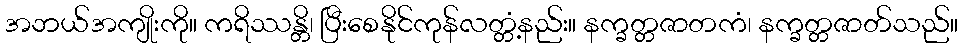
အဘယ်အကျိုးကို။ ကရိဿန္တိ၊ ပြီးစေနိုင်ကုန်လတ္တံ့နည်း။ နက္ခတ္တဇာတကံ၊ နက္ခတ္တဇာတ်သည်။